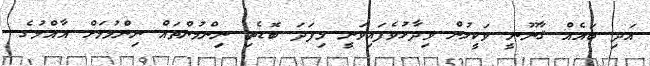
އަދި ބައެއް ޤާނޫނީ ވަކީލުން ވިދާޅުވެފައިވަނީ މިފަދަ ބޮޑެތި ނިންމުންތައް ނިންމުމަށް އާއްމުގެ